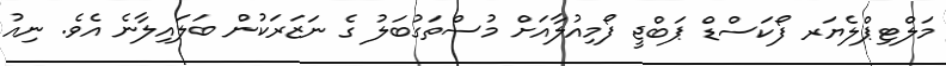
މަލްޓިޕްލެޔަރ ފޯކަސްޑް ޕަބްޖީ ފޯމިއުލާއަށް މުސްތަގުބަލު ގެ ނަޒަރަކުން ބަލައިލާނެ އެވެ. ނިއު